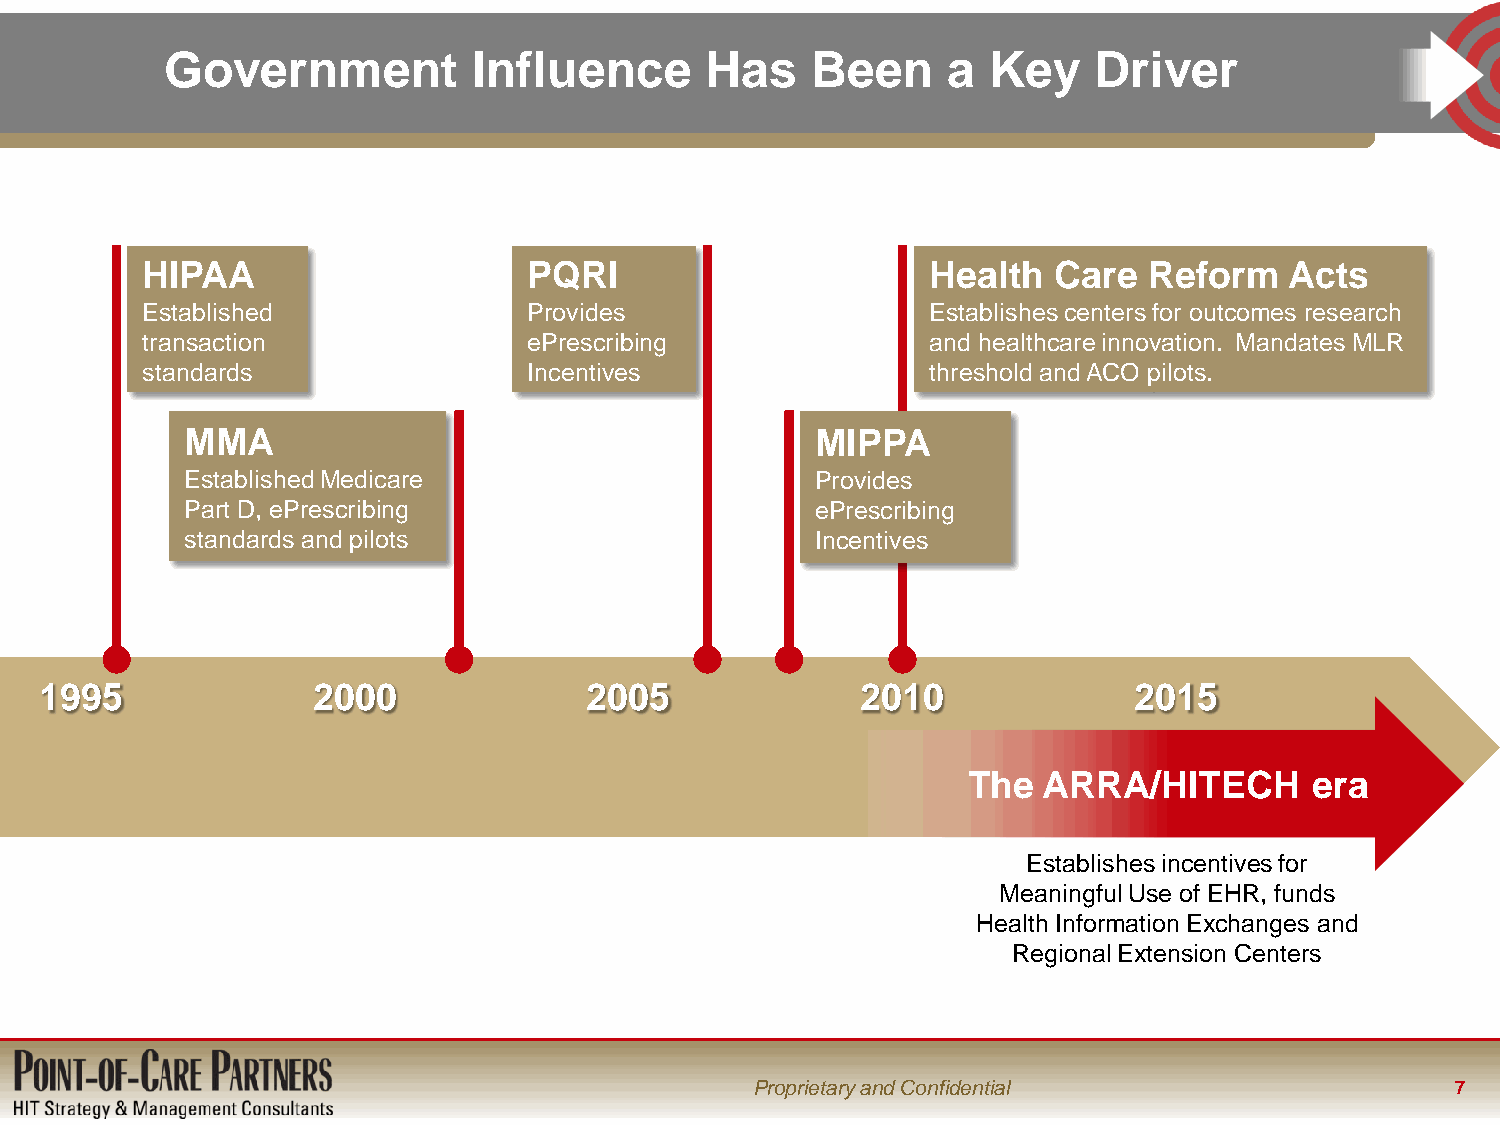
Government          Influence       Has    Been     a Key    Driver
 HIPAA                     PQRI                       Health  Care  Reform   Acts
 Established               Provides                   Establishes centers for outcomes research
 transaction               ePrescribing               and healthcare innovation. Mandates MLR
 standards                 Incentives                 threshold and ACO pilots.
 MMA                                       MIPPA
 Established Medicare                      Provides
 Part D, ePrescribing                      ePrescribing
 standards and pilots                      Incentives
 1995              2000              2005              2010              2015
 The  ARRA/HITECH       era
 Establishes incentives for
 Meaningful Use of EHR, funds
 Health Information Exchanges and
 Regional Extension Centers
 Proprietary and Confidential                  7